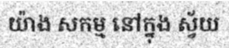
យ៉ាង សកម្ម នៅក្នុង ស្វ័យ